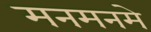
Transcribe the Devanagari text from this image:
मनमनमे